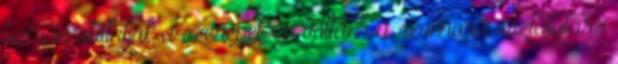
bátran vállalják a szerepet, én voltam a szomorú osztálytárs